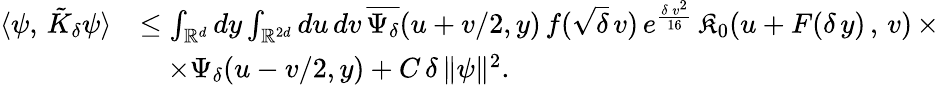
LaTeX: \begin{array}{rl}{\langle\psi,\, \tilde{K}_{\delta}\psi\rangle}&{\leq\int_{\mathbb{R}^{d}}dy\int_{\mathbb{R}^{2d}}du\, dv\, \overline{{\Psi_{\delta}}}(u+v/2,y)\, f(\sqrt{\delta}\, v)\, e^{\frac{\delta\, v^{2}}{16}}\, \mathfrak{K}_{0}(u+F(\delta\, y)\, ,\, v)\, \times}\\ &{\quad\times{\Psi_{\delta}}(u-v/2,y)+C\, \delta\, \Vert\psi\Vert^{2}.}\end{array}